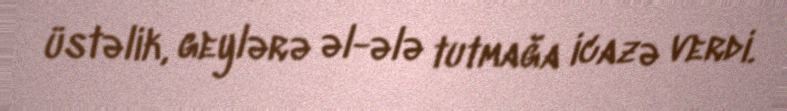
üstəlik, geylərə əl-ələ tutmağa icazə verdi.